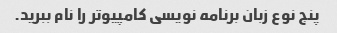
پنج نوع زبان برنامه نویسی کامپیوتر را نام ببرید.